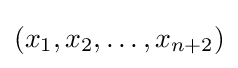
(x_{1},x_{2},\ldots ,x_{n+2})